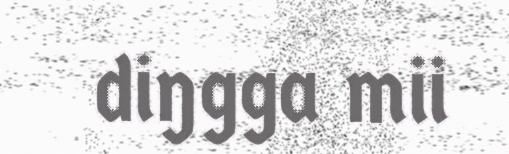
diŋgga mii